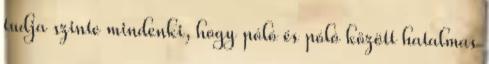
tudja szinte mindenki, hogy póló és póló között hatalmas